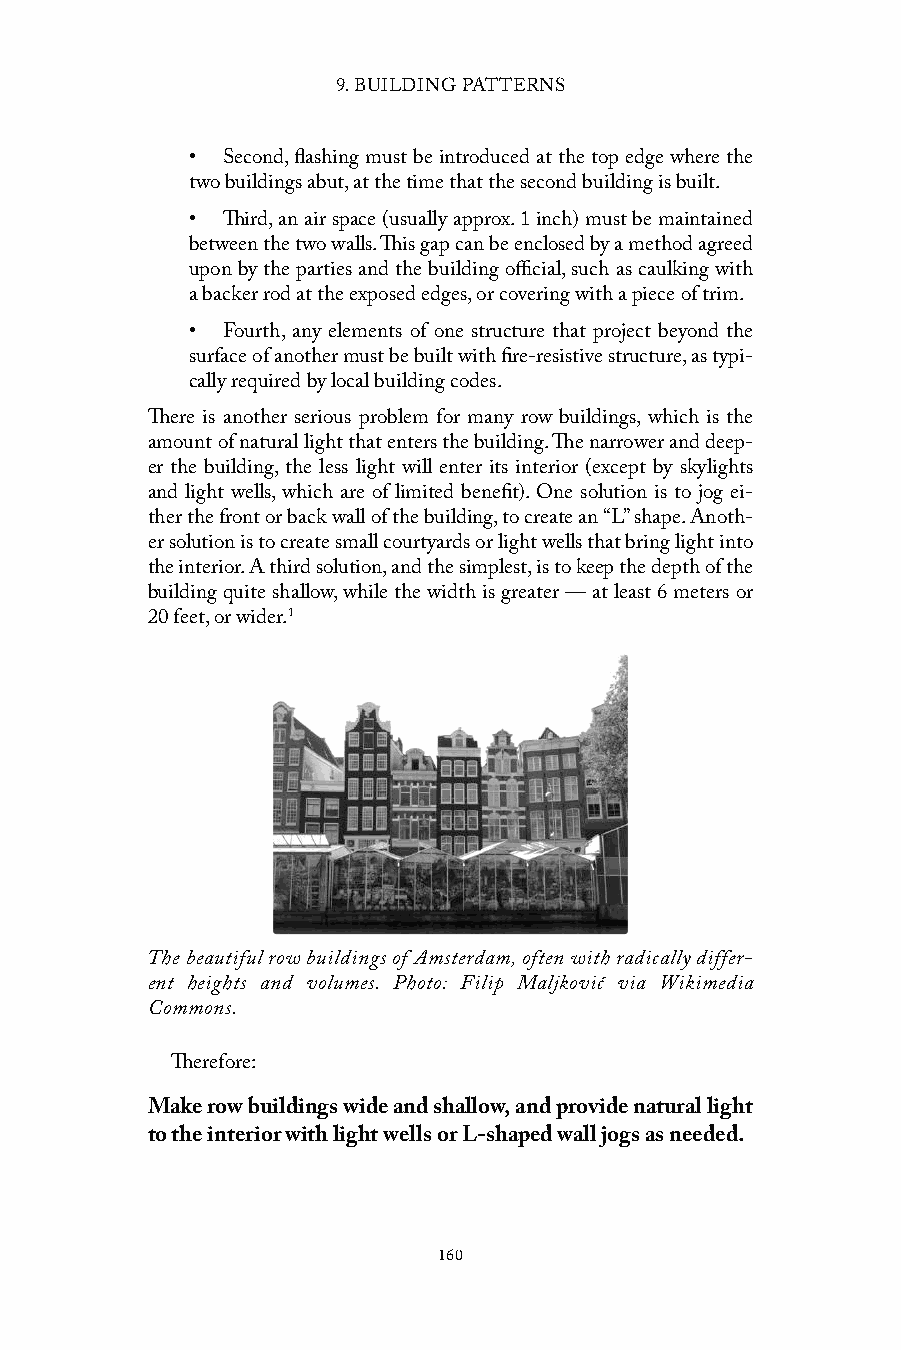
9. BUILDING PATTERNS
 • Second, flashing must be introduced at the top edge where the
 two buildings abut, at the time that the second building is built.
 • Third, an air space (usually approx. 1 inch) must be maintained
 between the two walls. This gap can be enclosed by a method agreed
 upon by the parties and the building official, such as caulking with
 a backer rod at the exposed edges, or covering with a piece of trim.
 • Fourth, any elements of one structure that project beyond the
 surface of another must be built with fire-resistive structure, as typi-
 cally required by local building codes.
 There is another serious problem for many row buildings, which is the
 amount of natural light that enters the building. The narrower and deep-
 er the building, the less light will enter its interior (except by skylights
 and light wells, which are of limited benefit). One solution is to jog ei-
 ther the front or back wall of the building, to create an “L” shape. Anoth-
 er solution is to create small courtyards or light wells that bring light into
 the interior. A third solution, and the simplest, is to keep the depth of the
 building quite shallow, while the width is greater — at least 6 meters or
 20 feet, or wider.1
 The beautiful row buildings of Amsterdam, often with radically differ-
 ent heights and volumes. Photo: Filip Maljković via Wikimedia
 Commons.
 Therefore:
 Make row buildings wide and shallow, and provide natural light
 to the interior with light wells or L-shaped wall jogs as needed.
 160